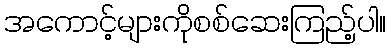
အကောင့်များကိုစစ်ဆေးကြည့်ပါ။